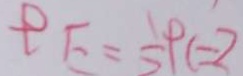
p E = \frac { 1 } { 2 } p c = 2